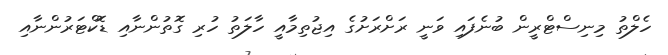
ހެލްތު މިނިސްޓްރީން ބުނެފައި ވަނީ ރަށްރަށުގެ އިޖުތިމާއީ ހާލަތު ހުރި ގޮތުންނާއި ޑޮކްޓަރުންނާއި